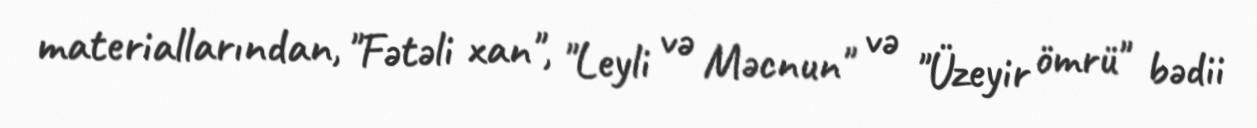
materiallarından, "Fətəli xan", "Leyli və Məcnun" və "Üzeyir ömrü" bədii